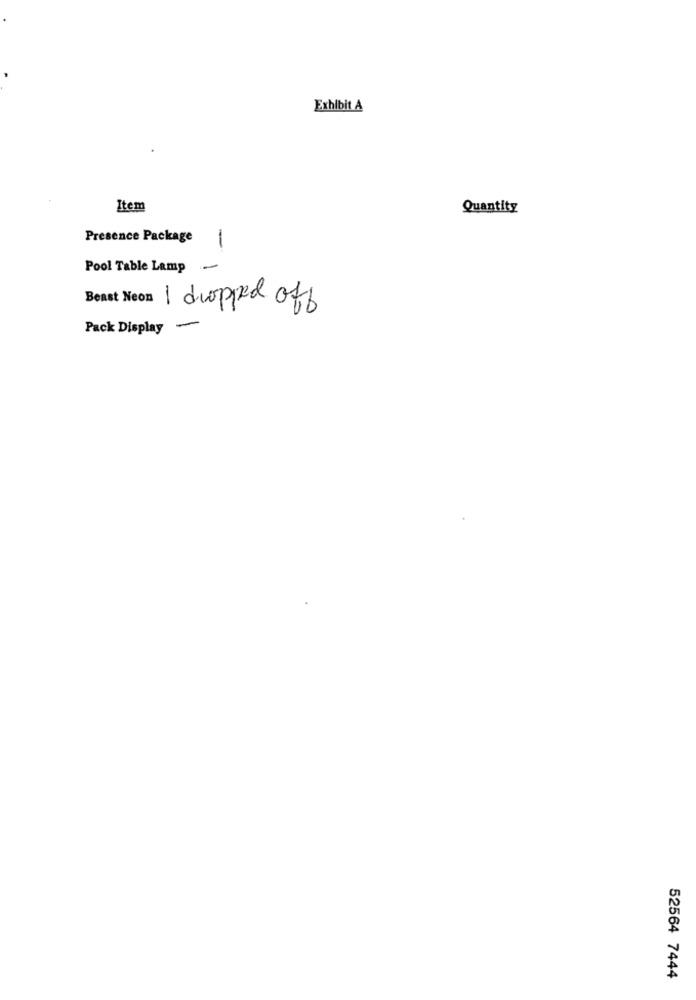
Exhibit A
Item
Quantity
Presence Package
-
Pool Table Lamp -
Beast Neon I dropped off
Pack Display
-
52564 7444